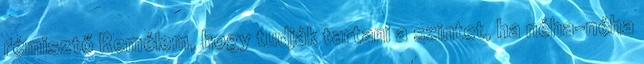
rémisztő Remélem, hogy tudják tartani a szintet, ha néha-néha